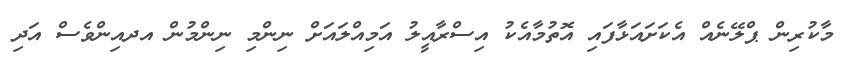
މާކުރިން ޕްލޭނެއް އެކަށައަޅާފައި އޮތުމާއެކު އިސްރާއީލު އަމިއްލައަށް ނިންމި ނިންމުން އދއިންވެސް އަދި